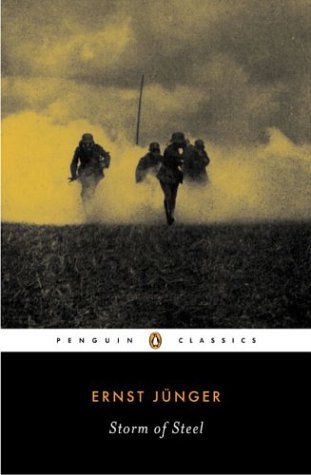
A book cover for Storm of Steel (Penguin Classics Deluxe Edition); Ernst JÃ¼nger; Biographies & Memoirs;